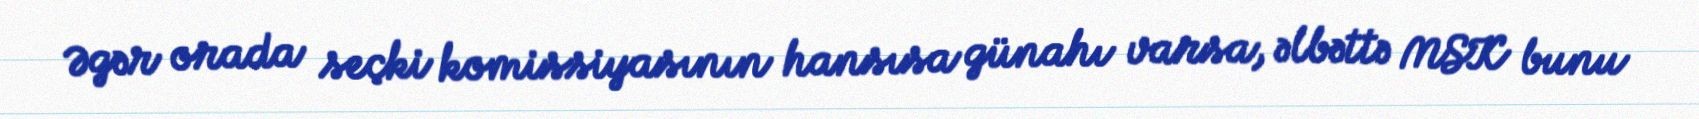
Əgər orada seçki komissiyasının hansısa günahı varsa, əlbəttə MSK bunu